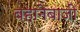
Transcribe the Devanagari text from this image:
बहानेबाजी